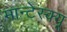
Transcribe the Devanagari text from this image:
मान्टेस्क्यू